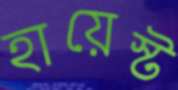
হায়েস্ট